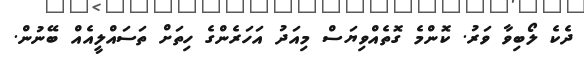
ދެކެ ލޯބިވާ ވަރު. ކޮންމެ ގޮތެއްވިޔަސް މިއަދު އަހަރެންގެ ހިތަށް ތަސައްލީއެއް ބޭނުން.